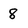
Character: 8